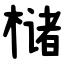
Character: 槠